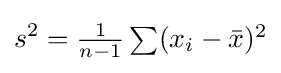
s^{2}=\textstyle {\frac {1}{n-1}}\sum (x_{i}-{\bar {x}})^{2}